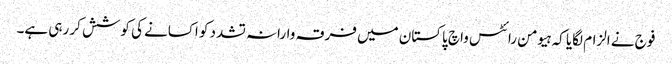
فوج نے الزام لگایا کہ ہیومن رائٹس واچ پاکستان میں فرقہ وارانہ تشدد کو اکسانے کی کوشش کر رہی ہے۔